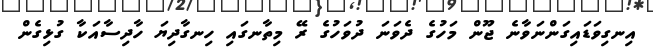
އިނގިވަޑައިގަންނަވާނެ ޖޫން މަހުގެ ދެވަނަ ދުވަހުގެ ރޭ މިތާނގައި ހިނގާދިޔަ ހާދިސާއަކާ ގުޅިގެން